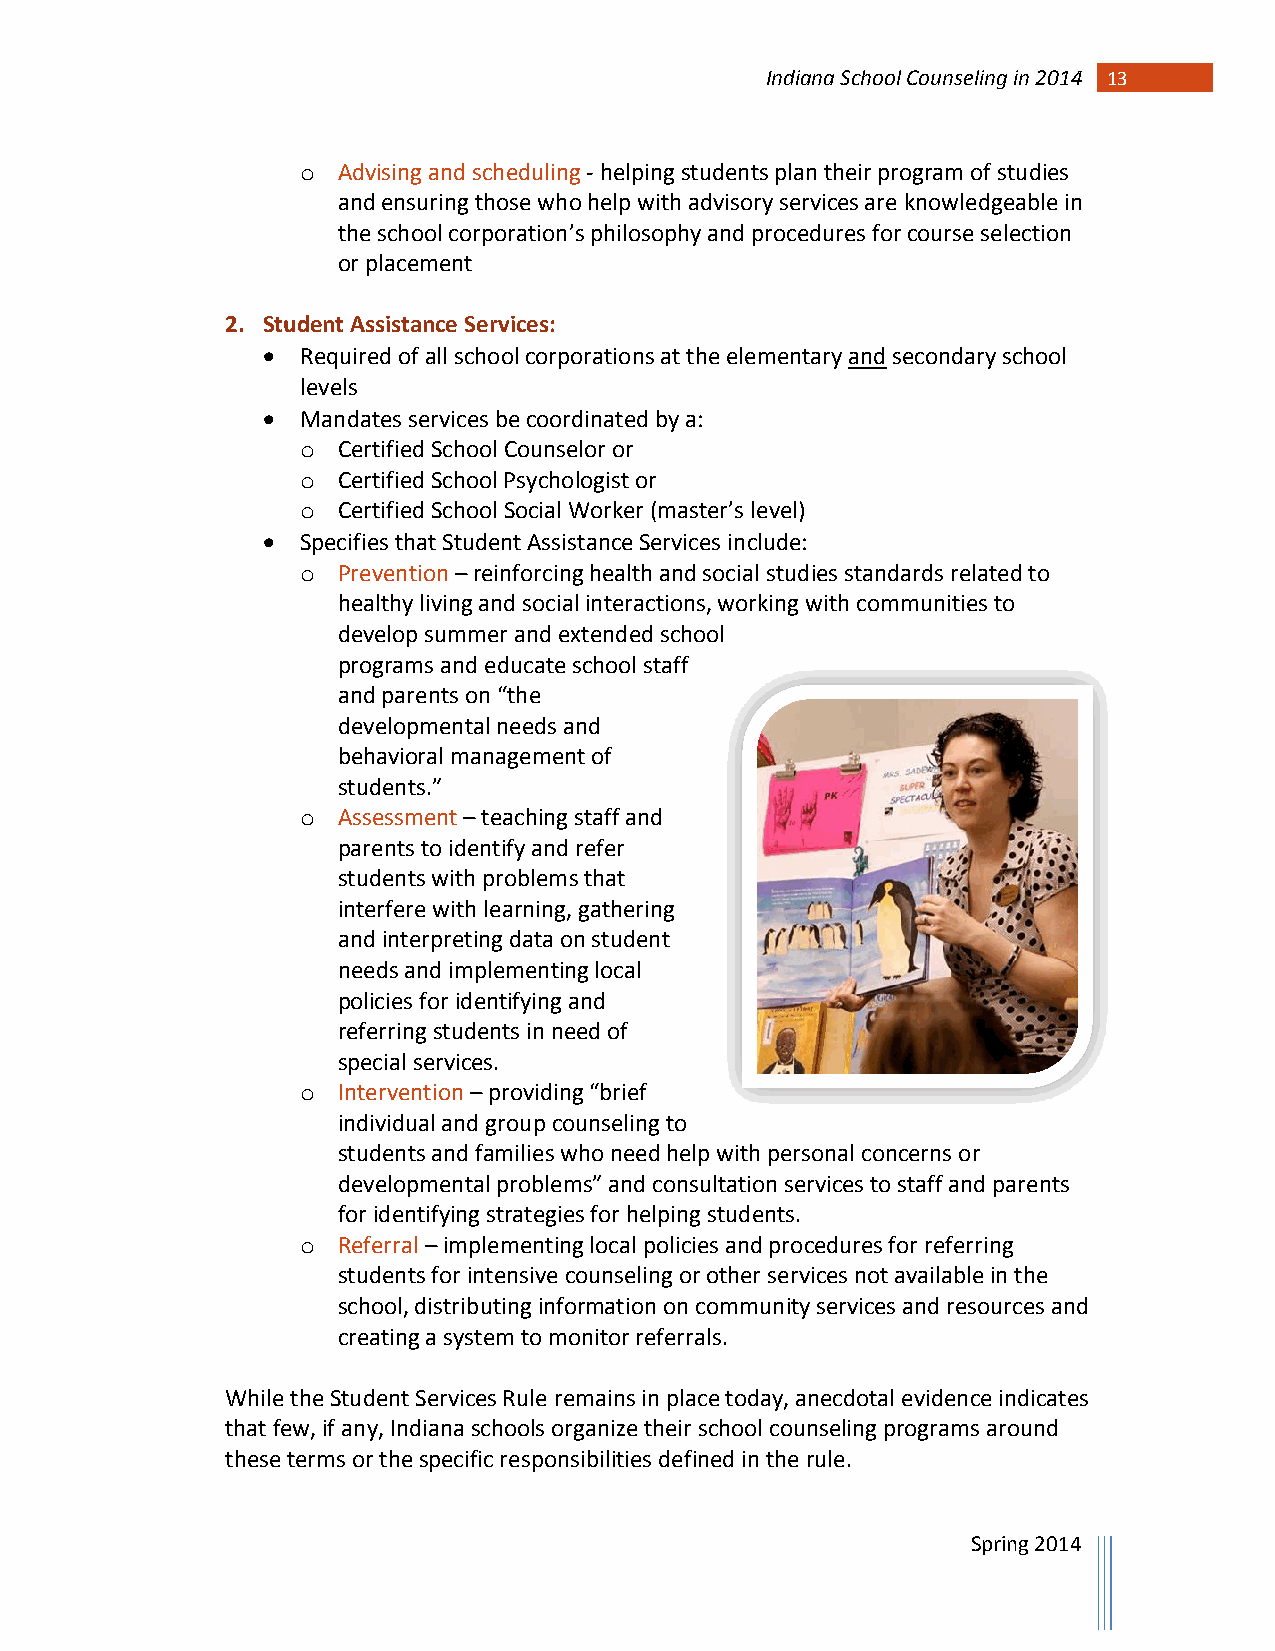
Indiana School Counseling in 2014 1 3
 o Advising and scheduling - helping students plan their program of studies
 and ensuring those who help with advisory services are knowledgeable in
 the school corporation’s philosophy and procedures for course selection
 or placement
 2. Student Assistance Services:
   Required of all school corporations at the elementary and secondary school
 levels
   Mandates services be coordinated by a:
 o Certified School Counselor or
 o Certified School Psychologist or
 o Certified School Social Worker (master’s level)
   Specifies that Student Assistance Services include:
 o Prevention – reinforcing health and social studies standards related to
 healthy living and social interactions, working with communities to
 develop summer and extended school
 programs and educate school staff
 and parents on “the
 developmental needs and
 behavioral management of
 students.”
 o Assessment – teaching staff and
 parents to identify and refer
 students with problems that
 interfere with learning, gathering
 and interpreting data on student
 needs and implementing local
 policies for identifying and
 referring students in need of
 special services.
 o Intervention – providing “brief
 individual and group counseling to
 students and families who need help with personal concerns or
 developmental problems” and consultation services to staff and parents
 for identifying strategies for helping students.
 o Referral – implementing local policies and procedures for referring
 students for intensive counseling or other services not available in the
 school, distributing information on community services and resources and
 creating a system to monitor referrals.
 While the Student Services Rule remains in place today, anecdotal evidence indicates
 that few, if any, Indiana schools organize their school counseling programs around
 these terms or the specific responsibilities defined in the rule.
 Spring 2014